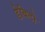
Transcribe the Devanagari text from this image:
डेबिटो